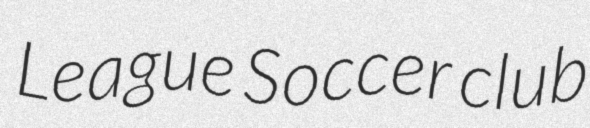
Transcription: League Soccer club